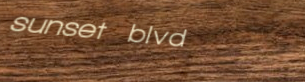
sunset blvd